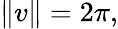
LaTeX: \| v\| =2\pi,